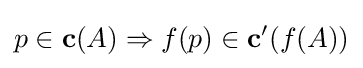
p\in \mathbf {c} (A)\Rightarrow f(p)\in \mathbf {c} '(f(A))